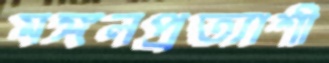
মঙ্গলপ্রত্যাশী